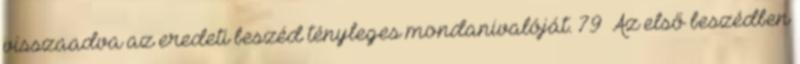
visszaadva az eredeti beszéd tényleges mondanivalóját. 79 Az első beszédben